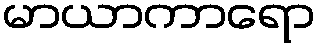
မာယာကာရော